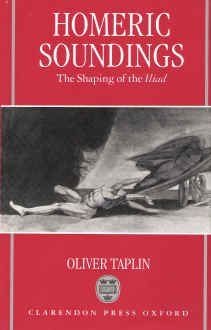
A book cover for Homeric Soundings: The Shaping of the Iliad; Oliver Taplin; Literature & Fiction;